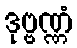
ဒုဗ္ဗဏ္ဏံ